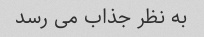
به نظر جذاب می رسد